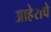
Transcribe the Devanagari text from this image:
आहेराचे